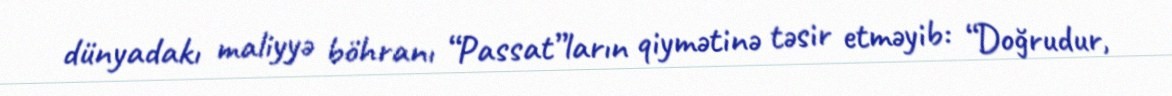
dünyadakı maliyyə böhranı “Passat”ların qiymətinə təsir etməyib: “Doğrudur,